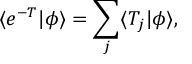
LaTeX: \langle e ^ { - T } | \phi \rangle = \sum _ { j } \langle T _ { j } | \phi \rangle ,